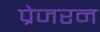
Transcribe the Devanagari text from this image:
प्रेजरन